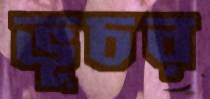
ভূচর